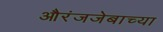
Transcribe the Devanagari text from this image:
औरंजजेबाच्या